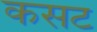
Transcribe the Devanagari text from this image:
कसट